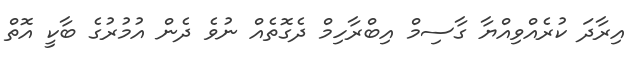
އިރާދަ ކުރެއްވިއްޔާ ގާސިމް އިބްރާހިމް ދެގޮތެއް ނުވެ ދެން އުމުރުގެ ބާކީ އޮތް